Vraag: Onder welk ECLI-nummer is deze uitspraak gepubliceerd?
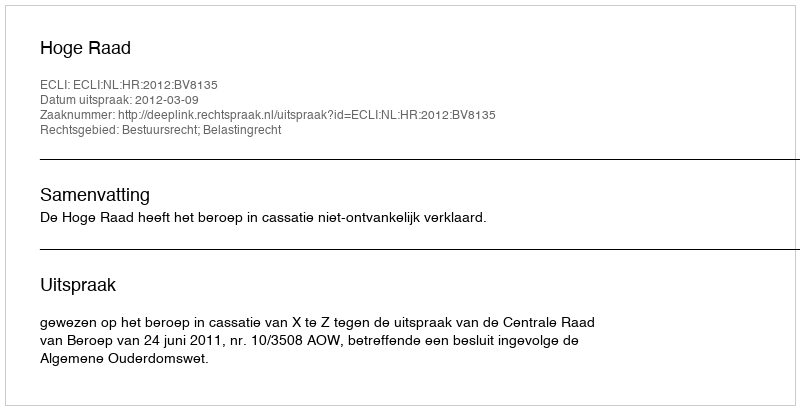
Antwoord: ECLI:NL:HR:2012:BV8135